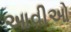
આવીઓ